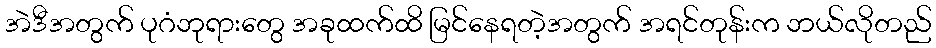
အဲဒီအတွက် ပုဂံဘုရားတွေ အခုထက်ထိ မြင်နေရတဲ့အတွက် အရင်တုန်းက ဘယ်လိုတည်